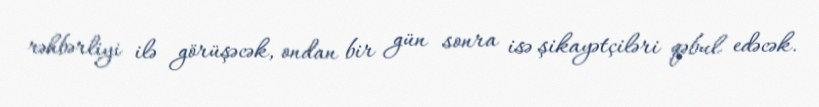
rəhbərliyi ilə görüşəcək, ondan bir gün sonra isə şikayətçiləri qəbul edəcək.